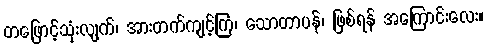
တဖြောင့်သုံးလျက်၊ အားတက်ကျင့်ကြံ၊ သောတာပန်၊ ဖြစ်ရန် အကြောင်းလေး။